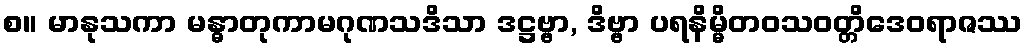
စ။ မာနုသကာ မန္ဓာတုကာမဂုဏသဒိသာ ဒဋ္ဌဗ္ဗာ, ဒိဗ္ဗာ ပရနိမ္မိတဝသဝတ္တိဒေဝရာဇဿ